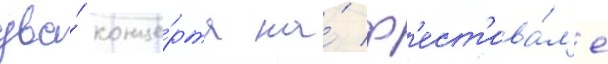
два́ конце́рта на́ ф'ест'ива́л'е